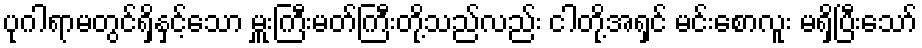
ပုဂါရာမတွင်ရှိနှင့်သော မှူးကြီးမတ်ကြီးတို့သည်လည်း ငါတို့အရှင် မင်းစောလူး မရှိပြီးသော်